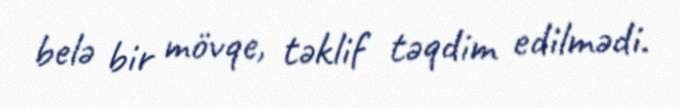
belə bir mövqe, təklif təqdim edilmədi.